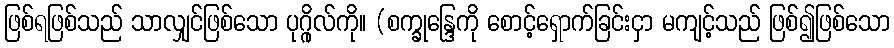
ဖြစ်ရဖြစ်သည် သာလျှင်ဖြစ်သော ပုဂ္ဂိုလ်ကို။ (စက္ခုန္ဒြေကို စောင့်ရှောက်ခြင်းငှာ မကျင့်သည် ဖြစ်၍ဖြစ်သော